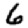
Digit: 6